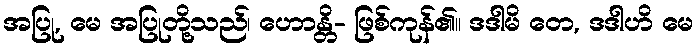
အပြု, မေ အပြုတို့သည်၊ ဟောန္တိ- ဖြစ်ကုန်၏။ ဒဒါမိ တေ, ဒဒါဟိ မေ